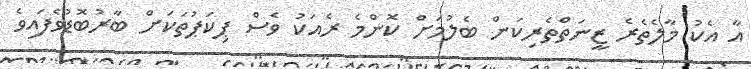
އާ އެކު މާލެތެރެ ޒީނަތްތެރިކަން ބެލުމަށް ކޮންމެ ރެއަކު ވެސް ޕިކަޕުތަކަށް ބާރުބޮޑުވެފައިވެ